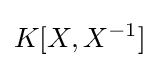
K[X,X^{-1}]